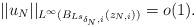
LaTeX: \begin{align*}||u_N||_{L^\infty(B_{Ls_{\delta_N,i}}(z_{N,i}))}=o(1).\end{align*}